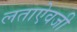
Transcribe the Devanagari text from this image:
लताऐवजी